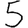
Digit: 5